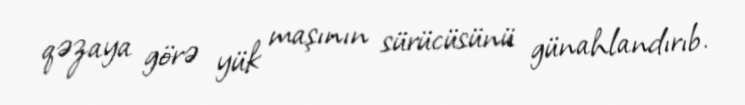
qəzaya görə yük maşının sürücüsünü günahlandırıb.